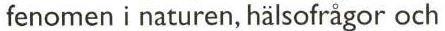
 fenomen i naturen, hälsofrågor och